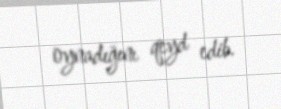
oynadığını qeyd edib.